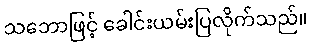
သဘောဖြင့် ခေါင်းယမ်းပြလိုက်သည်။